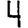
Digit: 4